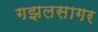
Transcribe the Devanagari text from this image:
गझलसागर